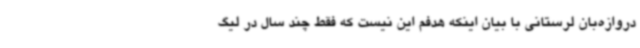
دروازه‌بان لرستانی با بیان اینکه هدفم این نیست که فقط چند سال در لیگ